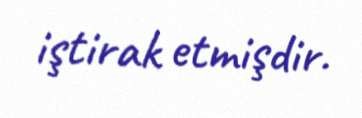
iştirak etmişdir.